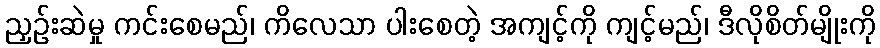
ညှဉ်းဆဲမှု ကင်းစေမည်၊ ကိလေသာ ပါးစေတဲ့ အကျင့်ကို ကျင့်မည်၊ ဒီလိုစိတ်မျိုးကို